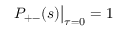
P _ { + - } ( s ) \big | _ { \tau = 0 } = 1